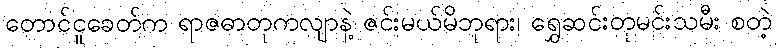
တောင်ငူခေတ်က ရာဇဓာတုကလျာနဲ့ ဇင်းမယ်မိဘုရား၊ ရွှေဆင်းတုမင်းသမီး စတဲ့